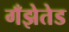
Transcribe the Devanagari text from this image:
गँझेतेड